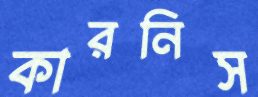
কারনিস